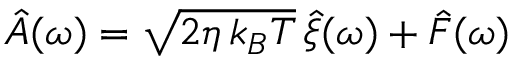
\hat { A } ( \omega ) = \sqrt { 2 \eta \, k _ { B } T } \, \hat { \xi } ( \omega ) + \hat { F } ( \omega )